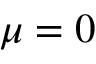
\mu = 0